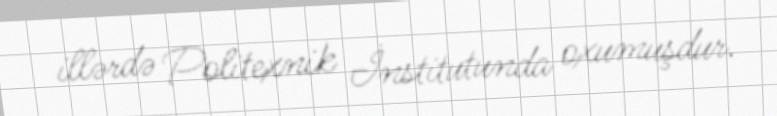
illərdə Politexnik İnstitutunda oxumuşdur.